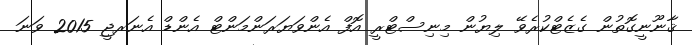
ޤާނޫނީގޮތުން ގެޒެޓްކުރެވޭ ލިޔުން މިނިސްޓްރީ އޮފް އެންވަޔަރަންމަންޓް އެންޑް އެނަރޖީ 2015 ވަނަ